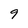
Character: 9